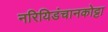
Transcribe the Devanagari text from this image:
नरियिडंचानकोट्टा